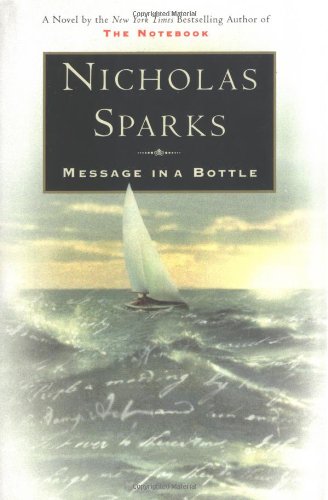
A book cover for Message in a Bottle; Nicholas Sparks; Literature & Fiction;